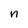
Character: n